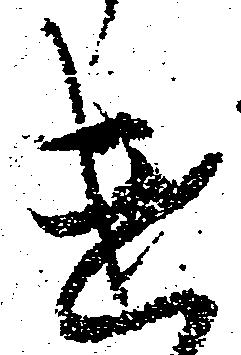
遣